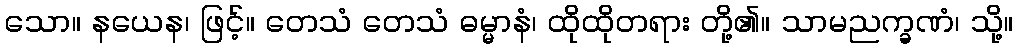
သော။ နယေန၊ ဖြင့်။ တေသံ တေသံ ဓမ္မာနံ၊ ထိုထိုတရား တို့၏။ သာမညက္ခဏံ၊ သို့။